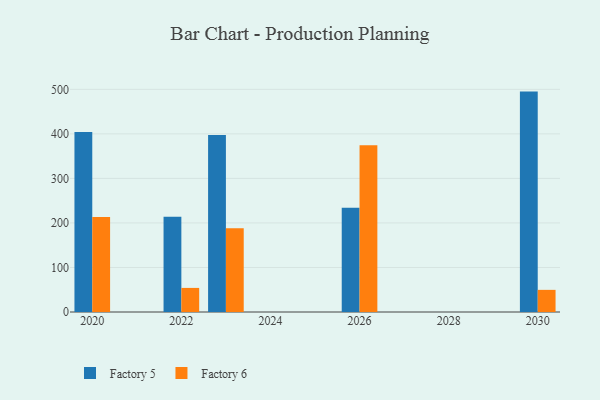
{"axis": {"x": "Year", "y": "Customer Acquisition Cost (USD)"}, "legend": ["Factory 5", "Factory 6"], "data": [{"x": "2020", "y": 404.2, "type": "Factory 5"}, {"x": "2020", "y": 213.5, "type": "Factory 6"}, {"x": "2023", "y": 397.6, "type": "Factory 5"}, {"x": "2023", "y": 188.2, "type": "Factory 6"}, {"x": "2030", "y": 494.9, "type": "Factory 5"}, {"x": "2030", "y": 49.7, "type": "Factory 6"}, {"x": "2022", "y": 213.8, "type": "Factory 5"}, {"x": "2022", "y": 54.1, "type": "Factory 6"}, {"x": "2026", "y": 233.9, "type": "Factory 5"}, {"x": "2026", "y": 374.5, "type": "Factory 6"}]}